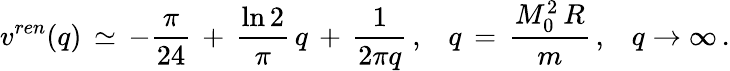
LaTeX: v^{ren}(q)\, \simeq\, -\frac{\pi}{24}\, +\, \frac{\ln 2}{\pi}\, q\, +\, \frac{1}{2\pi q}\, {,}\quad q\, =\, \frac{M_{0}^{2}\, R}{m}\, {,}\quad q\to\infty\, {.}